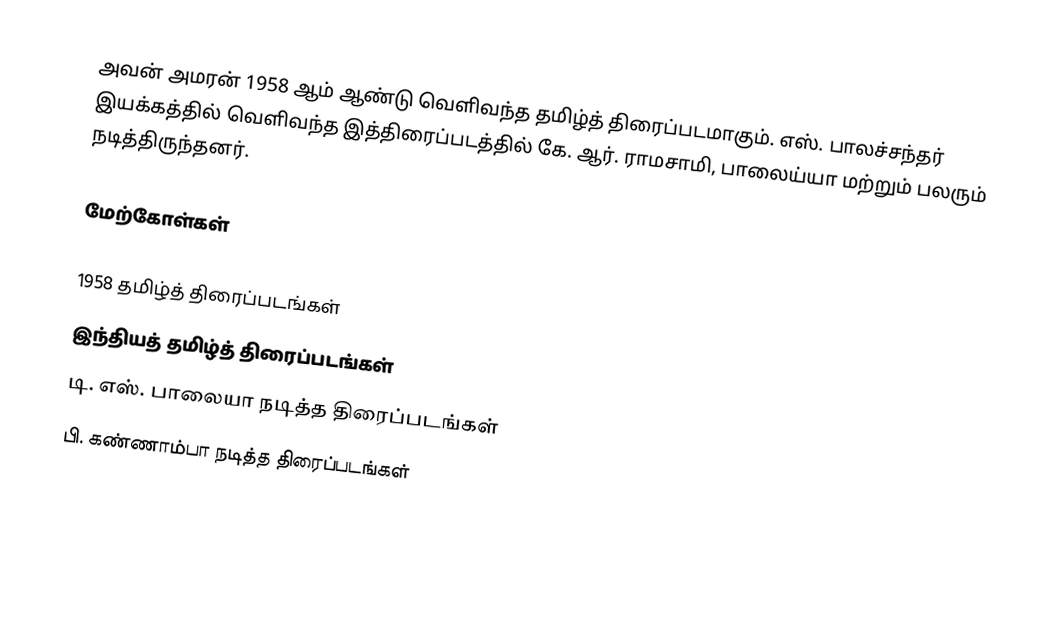
அவன் அமரன் 1958 ஆம் ஆண்டு வெளிவந்த தமிழ்த் திரைப்படமாகும். எஸ். பாலச்சந்தர் இயக்கத்தில் வெளிவந்த இத்திரைப்படத்தில் கே. ஆர். ராமசாமி, பாலைய்யா மற்றும் பலரும் நடித்திருந்தனர்.

மேற்கோள்கள்

1958 தமிழ்த் திரைப்படங்கள்
இந்தியத் தமிழ்த் திரைப்படங்கள்
டி. எஸ். பாலையா நடித்த திரைப்படங்கள்
பி. கண்ணாம்பா நடித்த திரைப்படங்கள்